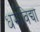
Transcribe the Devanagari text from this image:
धर्मविद्या